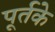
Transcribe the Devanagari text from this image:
पूर्तके